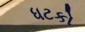
ધટકો